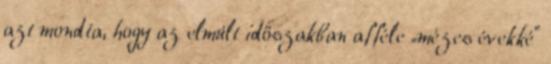
azt mondta, hogy az elmúlt időszakban afféle „mézes évekké”